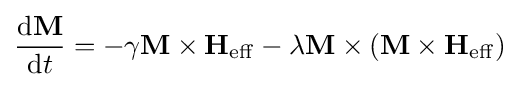
{\frac {\mathrm {d} \mathbf {M} }{\mathrm {d} t}}=-\gamma \mathbf {M} \times \mathbf {H_{\mathrm {eff} }} -\lambda \mathbf {M} \times \left(\mathbf {M} \times \mathbf {H_{\mathrm {eff} }} \right)